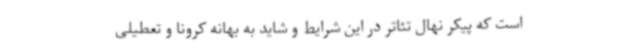
است که پیکر نهال تئاتر در این شرایط و شاید به بهانه کرونا و تعطیلی